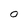
Character: 0